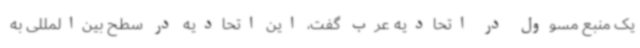
یک منبع مسوول در اتحادیه عرب گفت، این اتحادیه در سطح بین‌المللی به